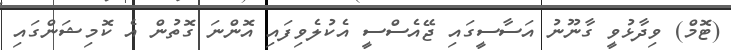
(ޓޮމް) ވިދާޅުވީ ގާނޫނު އަސާސީގައި ޖޭއެސްސީ އެކުލެވިފައި އޮންނަ ގޮތުން އެ ކޮމިޝަންގައި